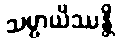
သမ္ပာယိဿန္တိ